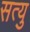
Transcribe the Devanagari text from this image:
सत्यु